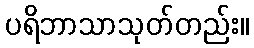
ပရိဘာသာသုတ်တည်း။